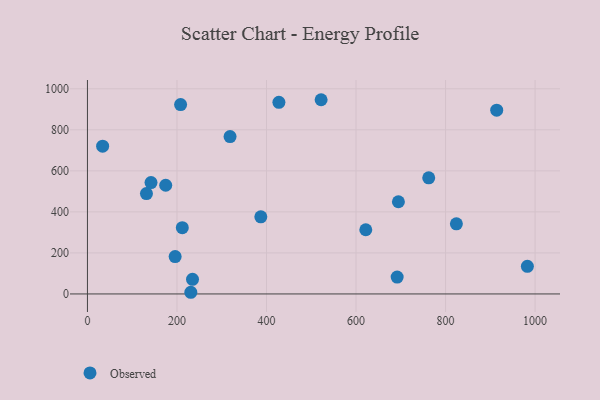
{"axis": {"x": "Price", "y": "Profit"}, "legend": ["Observed"], "data": [{"x": "914.3", "y": 895.9, "type": "Observed"}, {"x": "131.8", "y": 489.4, "type": "Observed"}, {"x": "427.7", "y": 933.9, "type": "Observed"}, {"x": "522.0", "y": 946.7, "type": "Observed"}, {"x": "195.9", "y": 182.2, "type": "Observed"}, {"x": "982.8", "y": 134.4, "type": "Observed"}, {"x": "318.6", "y": 767.3, "type": "Observed"}, {"x": "211.9", "y": 323.1, "type": "Observed"}, {"x": "387.3", "y": 375.8, "type": "Observed"}, {"x": "621.8", "y": 312.8, "type": "Observed"}, {"x": "142.0", "y": 542.8, "type": "Observed"}, {"x": "762.4", "y": 566.0, "type": "Observed"}, {"x": "234.7", "y": 71.1, "type": "Observed"}, {"x": "824.2", "y": 341.8, "type": "Observed"}, {"x": "230.9", "y": 8.1, "type": "Observed"}, {"x": "208.1", "y": 923.3, "type": "Observed"}, {"x": "174.8", "y": 529.7, "type": "Observed"}, {"x": "691.9", "y": 82.2, "type": "Observed"}, {"x": "694.7", "y": 449.4, "type": "Observed"}, {"x": "33.9", "y": 720.3, "type": "Observed"}]}